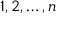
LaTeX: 1 , 2 , \ldots , n